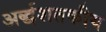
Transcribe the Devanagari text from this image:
अर्द्धशतकीय